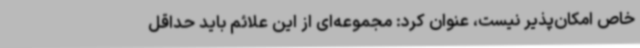
خاص امکان‌پذیر نیست، عنوان کرد: مجموعه‌ای از این علائم باید حداقل